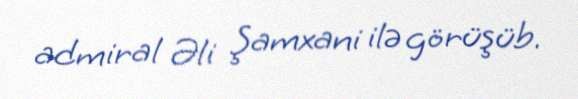
admiral Əli Şamxani ilə görüşüb.